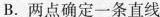
B.两点确定一条直线